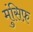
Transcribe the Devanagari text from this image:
मुंसिफ़